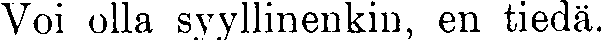
Voi olla syyllinenkin, en tiedä.